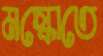
মস্কোতে